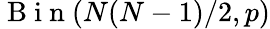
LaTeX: \mathrm{~B~i~n~}(N(N-1)/2,p)